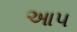
આ૫